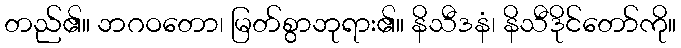
တည်၏။ ဘဂဝတော၊ မြတ်စွာဘုရား၏။ နိသီဒနံ၊ နိသီဒိုင်တော်ကို။